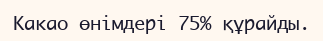
Какао өнімдері 75% құрайды.